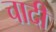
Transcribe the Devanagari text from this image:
चादी